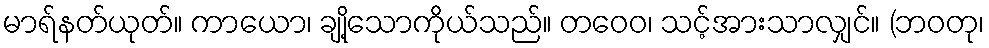
မာရ်နတ်ယုတ်။ ကာယော၊ ချို့သောကိုယ်သည်။ တဝေဝ၊ သင့်အားသာလျှင်။ (ဘဝတု၊